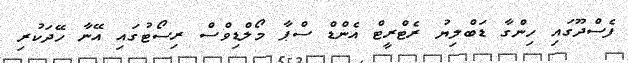
ފެސްދޫގައި ހިންގާ ޑަބްލިޔު ރެޓްރީޓް އެންޑް ސްޕާ މޯލްޑިވްސް ރިސޯޓުގައި އޭނާ ހޭދަކުރި